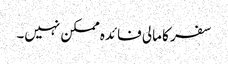
سفر کا مالی فائدہ ممکن نہیں۔